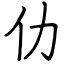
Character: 仂